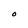
Character: O